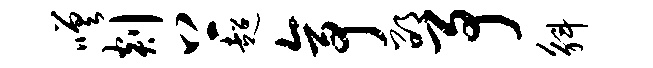
嗟剡上超亭邵予斛